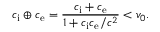
c _ { \mathrm { i } } \oplus c _ { \mathrm { e } } = \frac { c _ { \mathrm { i } } + c _ { \mathrm { e } } } { 1 + c _ { \mathrm { i } } c _ { \mathrm { e } } / c ^ { 2 } } < v _ { 0 } .